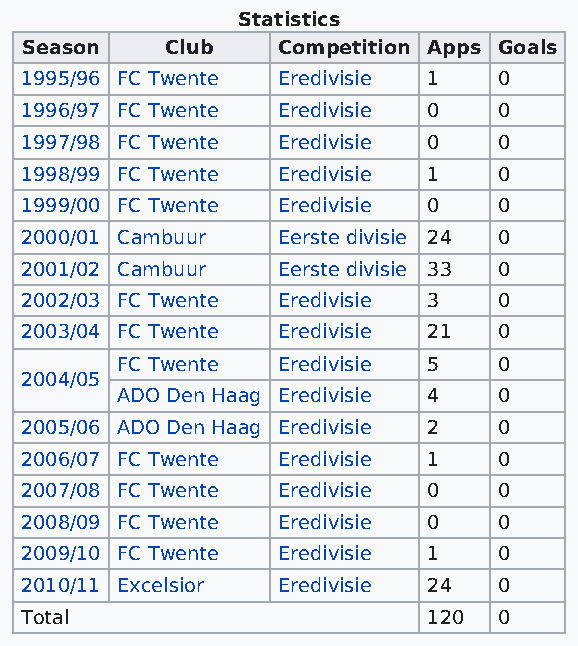
Statistics
 Season    Club   Competition Apps Goals
 1995/96 FC Twente Eredivisie 1  0
 1996/97 FC Twente Eredivisie 0  0
 1997/98 FC Twente Eredivisie 0  0
 1998/99 FC Twente Eredivisie 1  0
 1999/00 FC Twente Eredivisie 0  0
 2000/01 Cambuur  Eerste divisie 24 0
 2001/02 Cambuur  Eerste divisie 33 0
 2002/03 FC Twente Eredivisie 3  0
 2003/04 FC Twente Eredivisie 21 0
 FC Twente Eredivisie 5   0
 2004/05
 ADO Den Haag Eredivisie 4 0
 2005/06 ADO Den Haag Eredivisie 2 0
 2006/07 FC Twente Eredivisie 1  0
 2007/08 FC Twente Eredivisie 0  0
 2008/09 FC Twente Eredivisie 0  0
 2009/10 FC Twente Eredivisie 1  0
 2010/11 Excelsior Eredivisie 24 0
 Total                      120  0